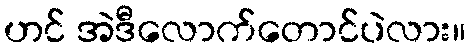
ဟင် အဲဒီလောက်တောင်ပဲလား။